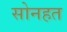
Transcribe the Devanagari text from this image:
सोनहत